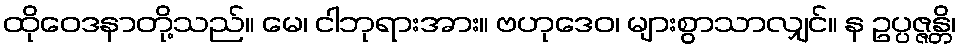
ထိုဝေဒနာတို့သည်။ မေ၊ ငါဘုရားအား။ ဗဟုဒေဝ၊ များစွာသာလျှင်။ န ဥပ္ပဇ္ဇန္တိ၊